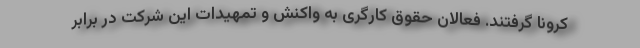
کرونا گرفتند. فعالان حقوق کارگری به واکنش و تمهیدات این شرکت در برابر